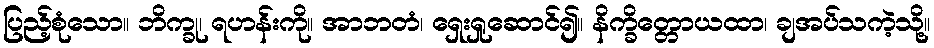
ပြည့်စုံသော။ ဘိက္ခု၊ ရဟန်းကို။ အာဘတံ၊ ရှေးရှုဆောင်၍။ နိက္ခိတ္တောယထာ၊ ချအပ်သကဲ့သို့။